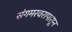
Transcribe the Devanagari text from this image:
संगमरवरापासून